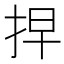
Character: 𢫵